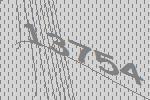
13754